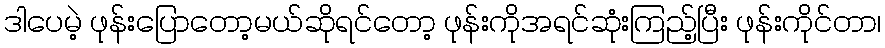
ဒါပေမဲ့ ဖုန်းပြောတော့မယ်ဆိုရင်တော့ ဖုန်းကိုအရင်ဆုံးကြည့်ပြီး ဖုန်းကိုင်တာ၊